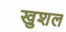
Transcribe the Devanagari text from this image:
खुशल